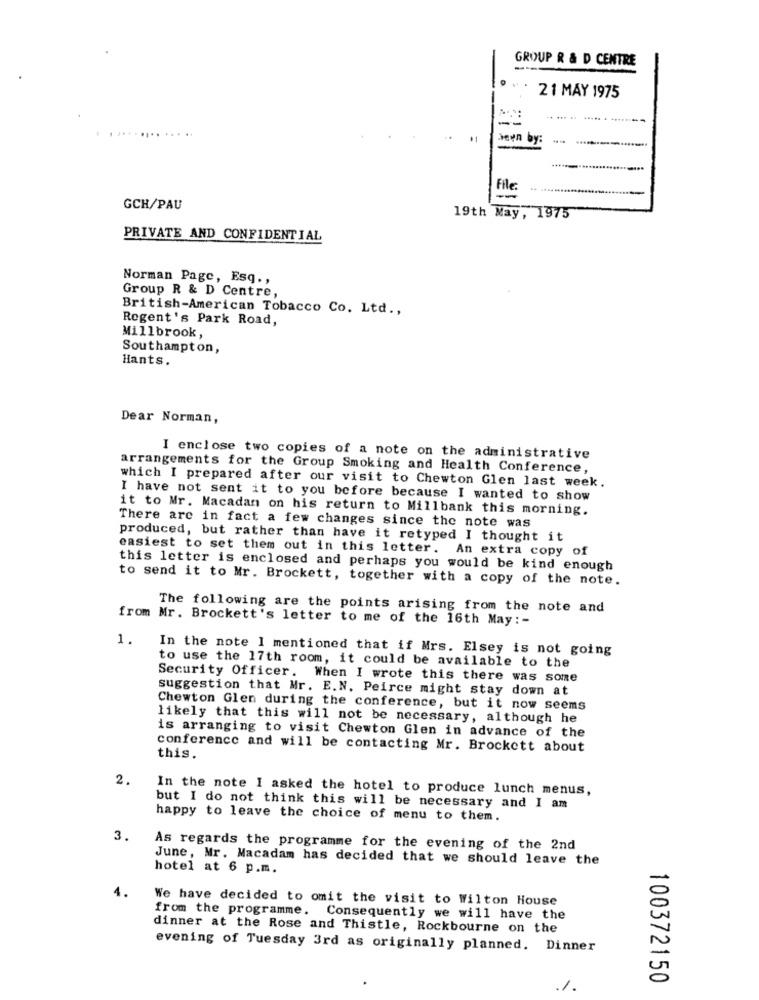
GROUP R & D CENTRE
21 MAY 1975
hevn by:
File
-
GCH/PAU
19th May, 1975
PRIVATE AND CONFIDENTIAL
Norman Page, Esq .,
Group R & D Centre,
British-American Tobacco Co. Ltd .,
Regent's Park Road,
Millbrook,
Southampton,
Hants.
Dear Norman,
I enclose two copies of a note on the administrative
arrangements for the Group Smoking and Health Conference,
which I prepared after our visit to Chewton Glen last week.
I have not sent it to you before because I wanted to show
it to Mr. Macadan on his return to Millbank this morning.
There are in fact a few changes since the note was
produced, but rather than have it retyped I thought it
easiest to set them out in this letter. An extra copy of
this letter is enclosed and perhaps you would be kind enough
to send it to Mr. Brockett, together with a copy of the note.
The following are the points arising from the note and
from Mr. Brockett's letter to me of the 16th May :-
1.
In the note I mentioned that if Mrs. Elsey is not going
to use the 17th room, it could be available to the
Security Officer. When I wrote this there was some
suggestion that Mr. E.N. Peirce might stay down at
Chewton Glen during the conference, but it now seems
likely that this will not be necessary, although he
is arranging to visit Chewton Glen in advance of the
conference and will be contacting Mr. Brockett about
this.
2.
In the note I asked the hotel to produce lunch menus,
but I do not think this will be necessary and I am
happy to leave the choice of menu to them.
As regards the programme for the evening of the 2nd
June, Mr. Macadam has decided that we should leave the
hotel at 6 p.m.
4.
We have decided to omit the visit to Wilton House
from the programme. Consequently we will have the
dinner at the Rose and Thistle, Rockbourne on the
evening of Tuesday 3rd as originally planned. Dinner
100372150